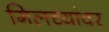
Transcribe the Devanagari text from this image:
गिलच्यांवर